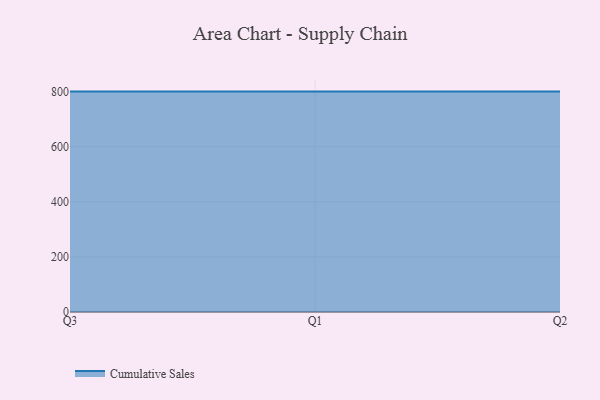
{"axis": {"x": "Quarter", "y": "Population (Million)"}, "legend": ["Cumulative Sales"], "data": [{"x": "Q3", "y": 800, "type": "Cumulative Sales"}, {"x": "Q1", "y": 800, "type": "Cumulative Sales"}, {"x": "Q2", "y": 800, "type": "Cumulative Sales"}]}